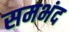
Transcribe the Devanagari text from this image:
समभंद